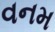
વનમ